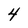
Character: 4